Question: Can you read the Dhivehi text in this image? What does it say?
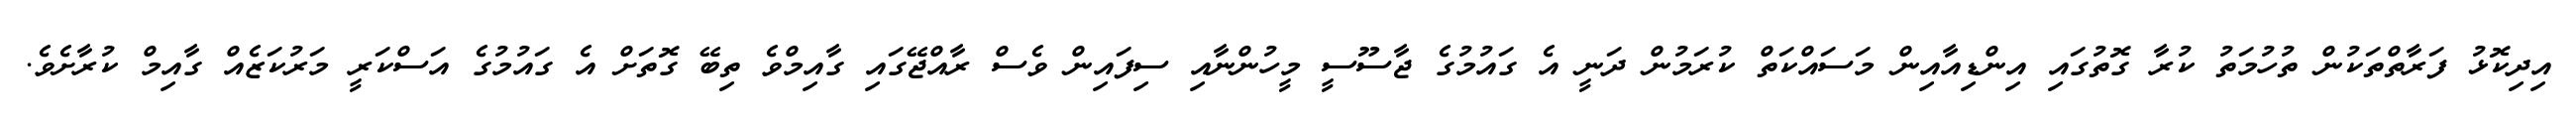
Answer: އިދިކޮޅު ފަރާތްތަކުން ތުހުމަތު ކުރާ ގޮތުގައި އިންޑިއާއިން މަސައްކަތް ކުރަމުން ދަނީ އެ ގައުމުގެ ޖާސޫސީ މީހުންނާއި ސިފައިން ވެސް ރާއްޖޭގައި ގާއިމްވެ ތިބޭ ގޮތަށް އެ ގައުމުގެ އަސްކަރީ މަރުކަޒެއް ގާއިމް ކުރާށެވެ.